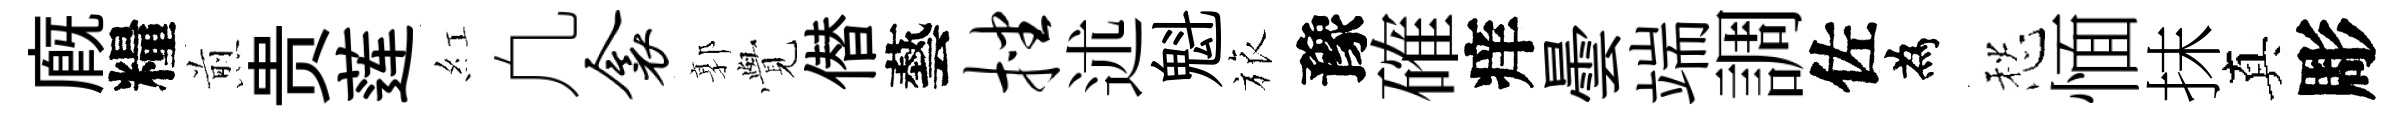
廐糧煎贵莲紅凢衾郭𮗜僣藝挫述魁旅豫確痒曇端調佐為愁愐抹真彫